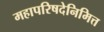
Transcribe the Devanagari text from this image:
महापरिषदेनिमित्त